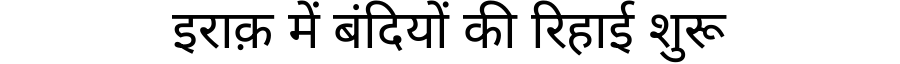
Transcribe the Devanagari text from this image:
इराक़ में बंदियों की रिहाई शुरू